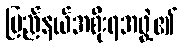
ပြည်နယ်အစိုးရအဖွဲ့၏